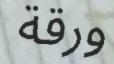
ورقة